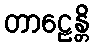
တာဠေန္တိ